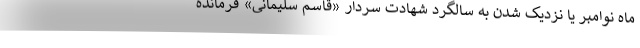
ماه نوامبر یا نزدیک شدن به سالگرد شهادت سردار «قاسم سلیمانی» فرمانده